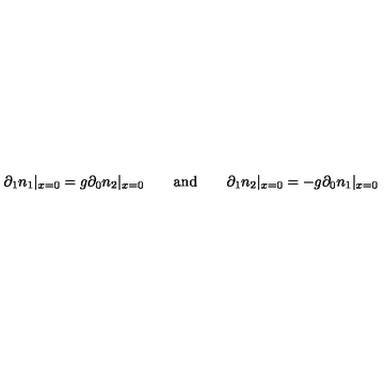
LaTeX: \partial _ { 1 } n _ { 1 } | _ { x = 0 } = g \partial _ { 0 } n _ { 2 } | _ { x = 0 } \qquad \mathrm { { a n d } } \qquad \partial _ { 1 } n _ { 2 } | _ { x = 0 } = - g \partial _ { 0 } n _ { 1 } | _ { x = 0 }